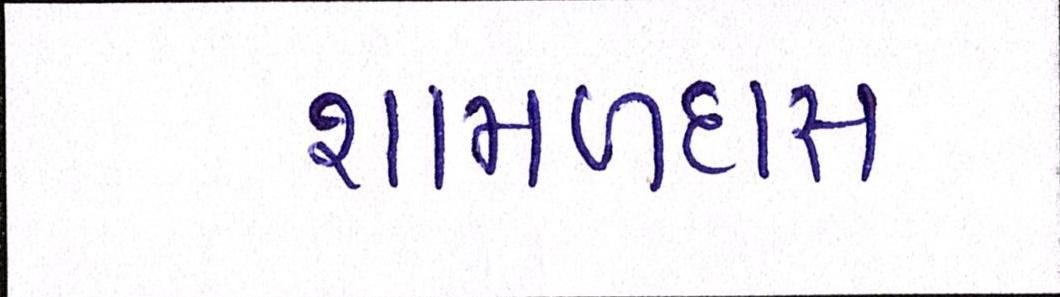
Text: શામળદાસ